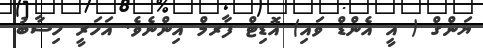
ޔަންގް ( އީ އެންޑް ވައި) އޮޑިޓް ފާރމް އިންނެވެ. އަހަރީ ހިސާބު